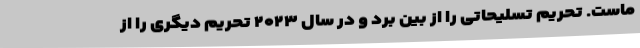
ماست. تحریم تسلیحاتی را از بین برد و در سال ۲۰۲۳ تحریم دیگری را از